Civil Veterinary Department. Madras. Admin. report 1926-33 - 1926-1933
Year: 1926
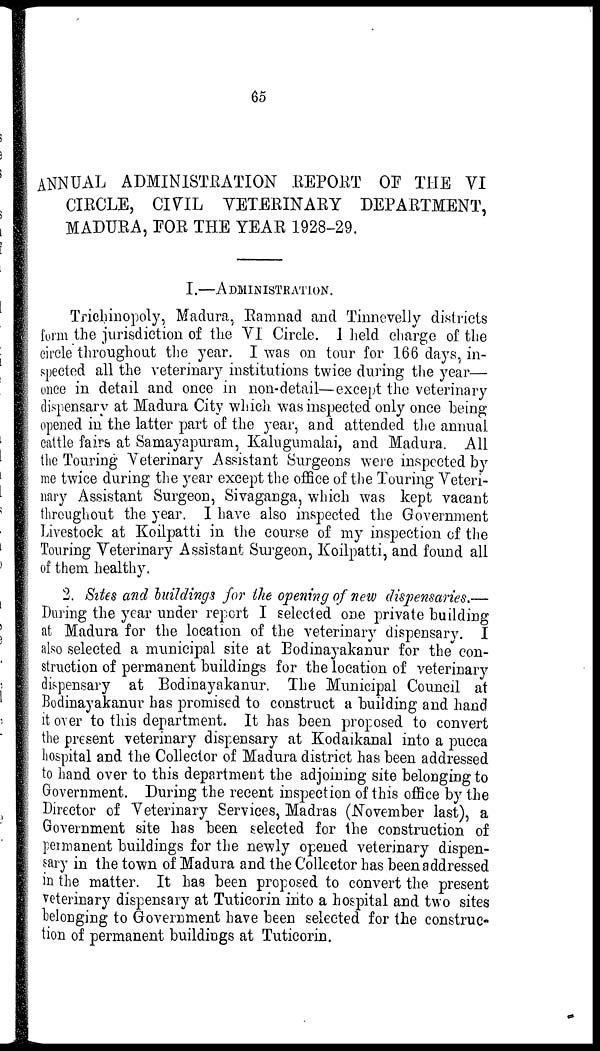
65
ANNUAL ADMINISTRATION REPORT OF THE VI
CIRCLE, CIVIL VETERINARY DEPARTMENT,
MADURA, FOR THE YEAR 1928-29.
I.—A DMINISTRATION.
Trichinopoly, Madura, Ramnad and Tinnevelly districts
form the jurisdiction of the VI Circle. 1 held charge of the
circle throughout the year. I was on tour for 166 days, in-
spected all the veterinary institutions twice during the year—
once in detail and once in non-detail—except the veterinary
dispensary at Madura City which was inspected only once being
opened in the latter part of the year, and attended the annual
cattle fairs at Samayapuram, Kalugumalai, and Madura. All
the Touring Veterinary Assistant Surgeons were inspected by
me twice during the year except the office of the Touring Veteri-
nary Assistant Surgeon, Sivaganga, which was kept vacant
throughout the year. I have also inspected the Government
Livestock at Koilpatti in the course of my inspection of the
Touring Veterinary Assistant Surgeon, Koilpatti, and found all
of them healthy.
2. Sites and buildings for the opening of new dispensaries.—
During the year under report I selected one private building
at Madura for the location of the veterinary dispensary. I
also selected a municipal site at Bodinayakanur for the con-
struction of permanent buildings for the location of veterinary
dispensary at Bodinayakanur. The Municipal Council at
Bodinayakanur has promised to construct a building and hand
it over to this department. It has been proposed to convert
the present veterinary dispensary at Kodaikanal into a pucca
hospital and the Collector of Madura district has been addressed
to hand over to this department the adjoining site belonging to
Government. During the recent inspection of this office by the
Director of Veterinary Services, Madras (November last), a
Government site has been selected for the construction of
permanent buildings for the newly opened veterinary dispen-
sary in the town of Madura and the Collector has been addressed
in the matter. It has been proposed to convert the present
veterinary dispensary at Tuticorin into a hospital and two sites
belonging to Government have been selected for the construc-
tion of permanent buildings at Tuticorin.